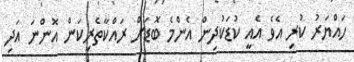
ހައްޔަރު ކުރި އެވެ އެއީ ކުޑަކުދިން އެންމެ ބޮޑަށް ރައްކާތެރިކަން އޮންނަ އަދި